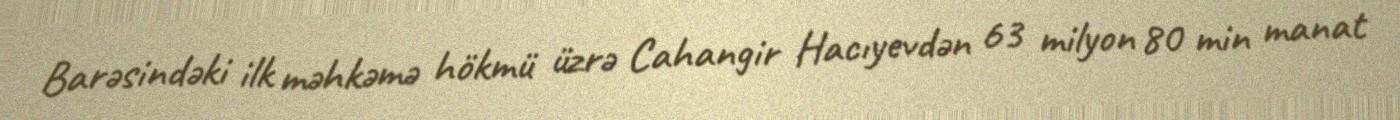
Barəsindəki ilk məhkəmə hökmü üzrə Cahangir Hacıyevdən 63 milyon 80 min manat